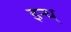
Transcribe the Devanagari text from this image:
इन्ध्‌